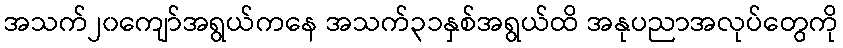
အသက်၂၀ကျော်အရွယ်ကနေ အသက်၃၁နှစ်အရွယ်ထိ အနုပညာအလုပ်တွေကို